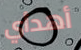
أهدأي